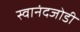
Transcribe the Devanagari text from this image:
स्वानंदजोडी